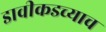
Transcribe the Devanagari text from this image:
डावीकडच्याच